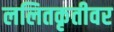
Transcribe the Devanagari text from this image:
ललितकृतीवर